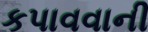
કપાવવાની